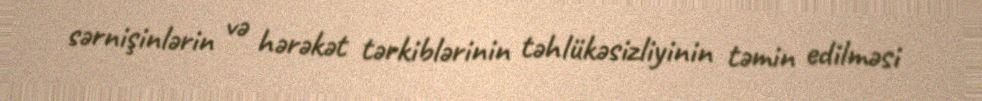
sərnişinlərin və hərəkət tərkiblərinin təhlükəsizliyinin təmin edilməsi